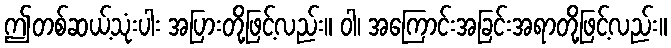
ဤတစ်ဆယ့်သုံးပါး အပြားတို့ဖြင့်လည်း။ ဝါ၊ အကြောင်းအခြင်းအရာတို့ဖြင့်လည်း။